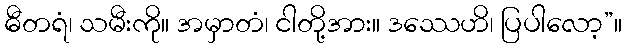
ဓီတရံ၊ သမီးကို။ အမှာတံ၊ ငါတို့အား။ ဒဿေဟိ၊ ပြပါလော့”။